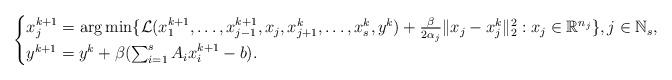
LaTeX: \begin{align*}\begin{cases}x_j^{k+1}=\arg\min\{\mathcal{L}(x_1^{k+1},\dots,x_{j-1}^{k+1}, x_j, x_{j+1}^k,\dots, x_s^k, y^k)+\frac{\beta}{2\alpha_j}\|x_j-x_j^k\|_{2}^2: x_j\in\mathbb{R}^{n_j}\}, j\in\mathbb{N}_s,\\y^{k+1}=y^k+\beta(\sum_{i=1}^s{A_ix_i^{k+1}-b}).\\\end{cases}\end{align*}